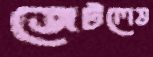
জেটলেভ